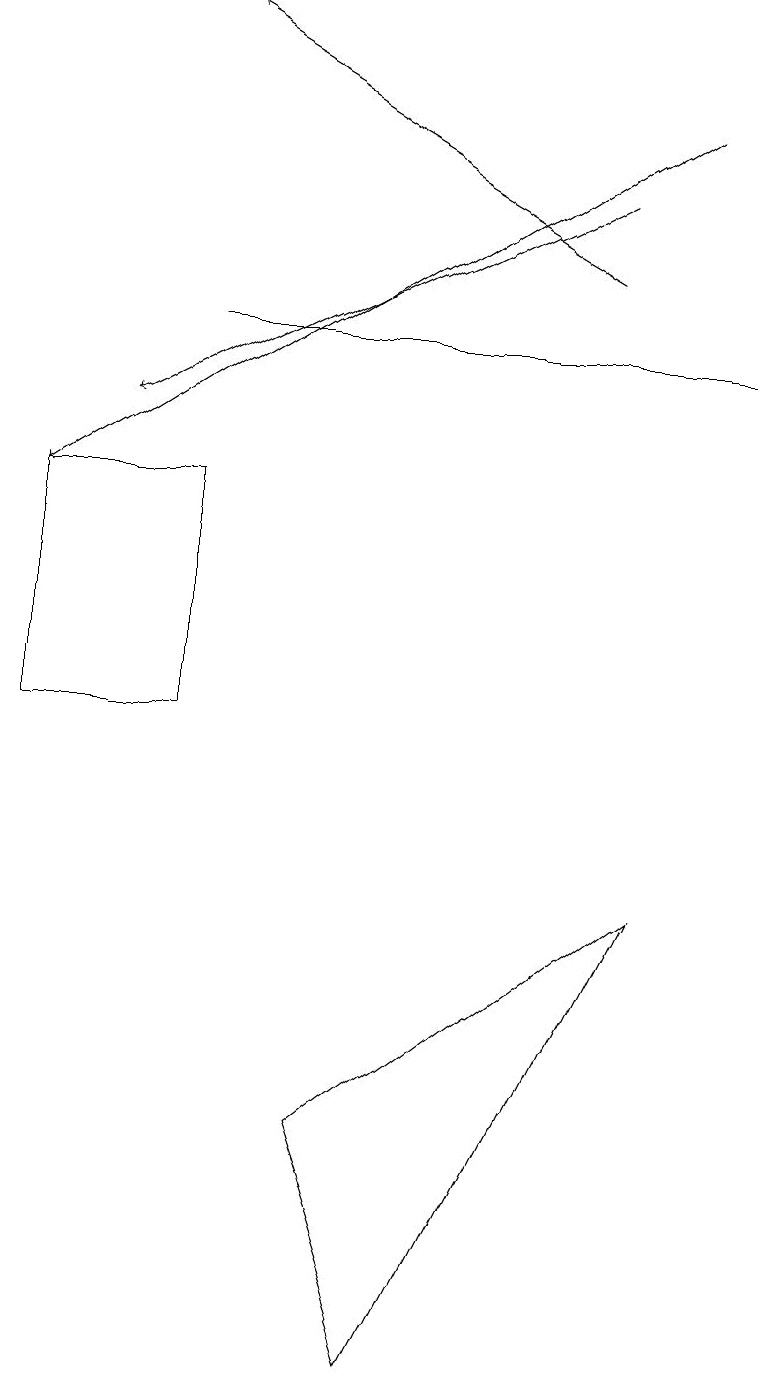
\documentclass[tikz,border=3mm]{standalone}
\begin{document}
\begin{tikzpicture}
\draw[->] (8,18) -- (0,13);
\draw (8,8) -- (4,5) -- (5,2) -- cycle;
\draw[->] (7,17) -- (1,14);
\draw (2,13) rectangle (0,10);
\draw (9,15) rectangle (2,15);
\draw[->] (7,16) -- (2,19);
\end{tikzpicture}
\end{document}